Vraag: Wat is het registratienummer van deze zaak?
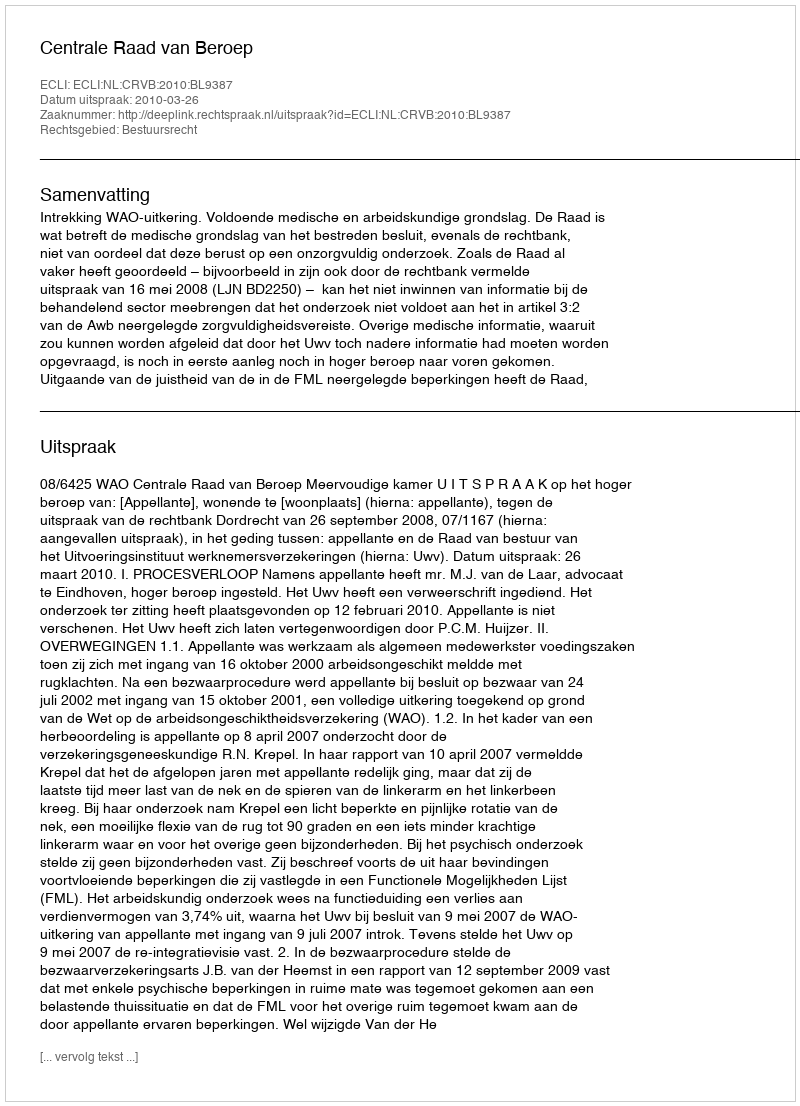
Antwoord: http://deeplink.rechtspraak.nl/uitspraak?id=ECLI:NL:CRVB:2010:BL9387